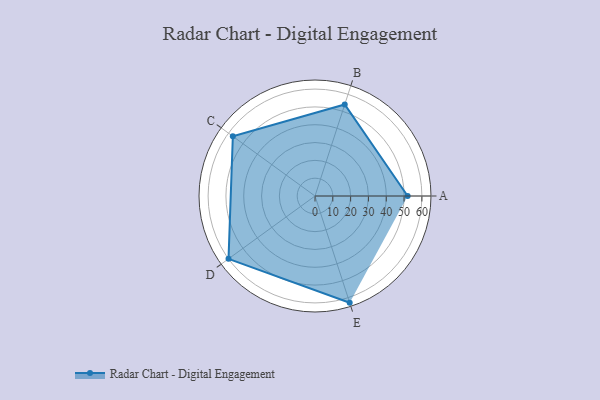
{"axis": {"x": "Skill", "y": "Score"}, "legend": ["Profile"], "data": [{"x": "A", "y": 52.0, "type": "Profile"}, {"x": "B", "y": 54.0, "type": "Profile"}, {"x": "C", "y": 57.0, "type": "Profile"}, {"x": "D", "y": 60.0, "type": "Profile"}, {"x": "E", "y": 63.0, "type": "Profile"}]}